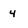
Character: 4